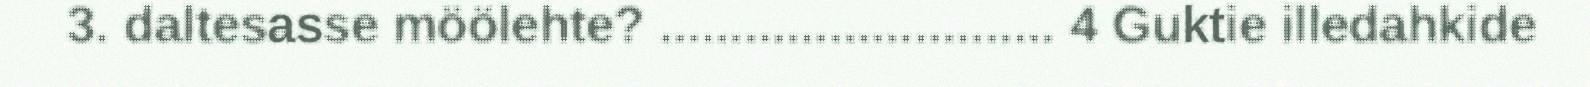
3. daltesasse möölehte? ............................ 4 Guktie illedahkide